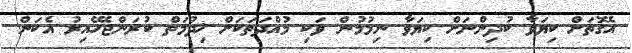
އެގޮތަށް ކިޔަވާ ކުދިންނަށް ކިޔަވާ ނިމުމުން ވަކި މުއްދަތަކަށް ޚިދުމަތް ކުރަންޖެހޭއިރު އެކަން